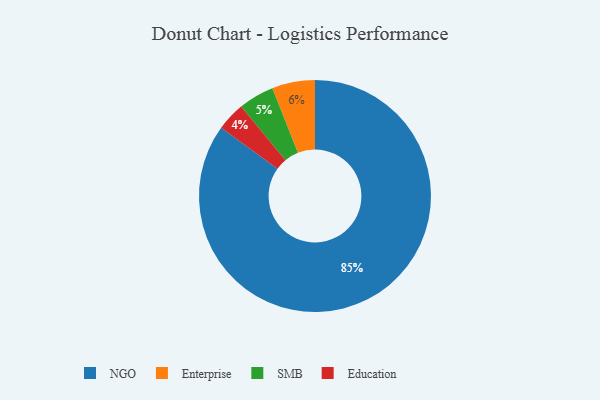
{"axis": {"x": "Category", "y": "Percentage"}, "legend": ["Education", "Enterprise", "NGO", "SMB"], "data": [{"x": "Enterprise", "y": 6, "type": "Enterprise"}, {"x": "SMB", "y": 5, "type": "SMB"}, {"x": "NGO", "y": 85, "type": "NGO"}, {"x": "Education", "y": 4, "type": "Education"}]}